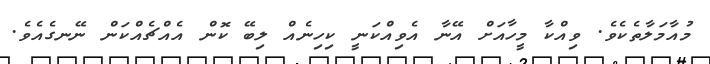
މުއާމަލާތެކެވެ. ވިއްކާ މީހާއަށް އޭނާ އެވިއްކަނީ ކިހިނެއް ލިބޭ ކޮން އެއްޗެއްކަން ނޭނގެއެވެ.